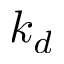
k _ { d }